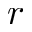
r